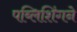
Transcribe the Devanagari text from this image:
पब्लिशिंगने